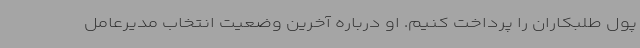
پول طلبکاران را پرداخت کنیم. او درباره آخرین وضعیت انتخاب مدیرعامل